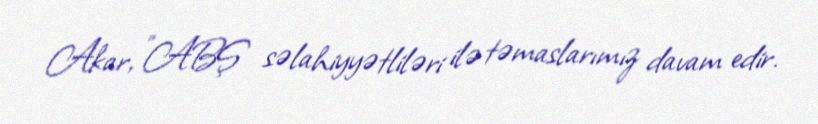
Akar, "ABŞ səlahiyyətliləri ilə təmaslarımız davam edir.